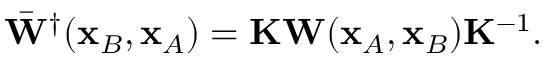
\begin{array} { r } { \bar { \bf W } ^ { \dagger } ( { \bf x } _ { B } , { \bf x } _ { A } ) = { \bf K } { \bf W } ( { \bf x } _ { A } , { \bf x } _ { B } ) { \bf K } ^ { - 1 } . } \end{array}